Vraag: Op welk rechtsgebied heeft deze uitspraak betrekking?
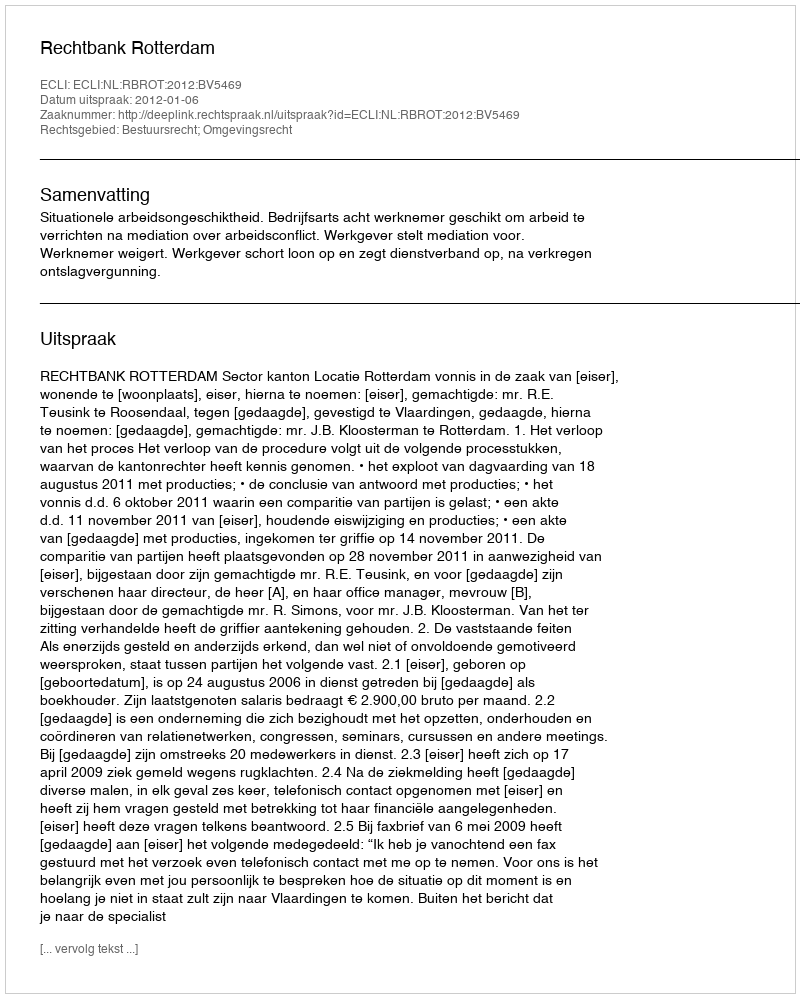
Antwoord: Bestuursrecht; Omgevingsrecht